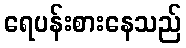
ရေပန်းစားနေသည်